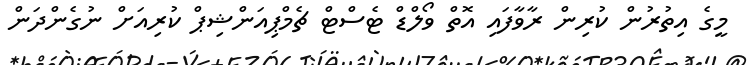
މީގެ އިތުރުން ކުރިން ރާވާފައި އޮތް ވޯލްޑް ޓެސްޓް ޗެމްޕިއަންޝިޕް ކުރިއަށް ނުގެންދަން